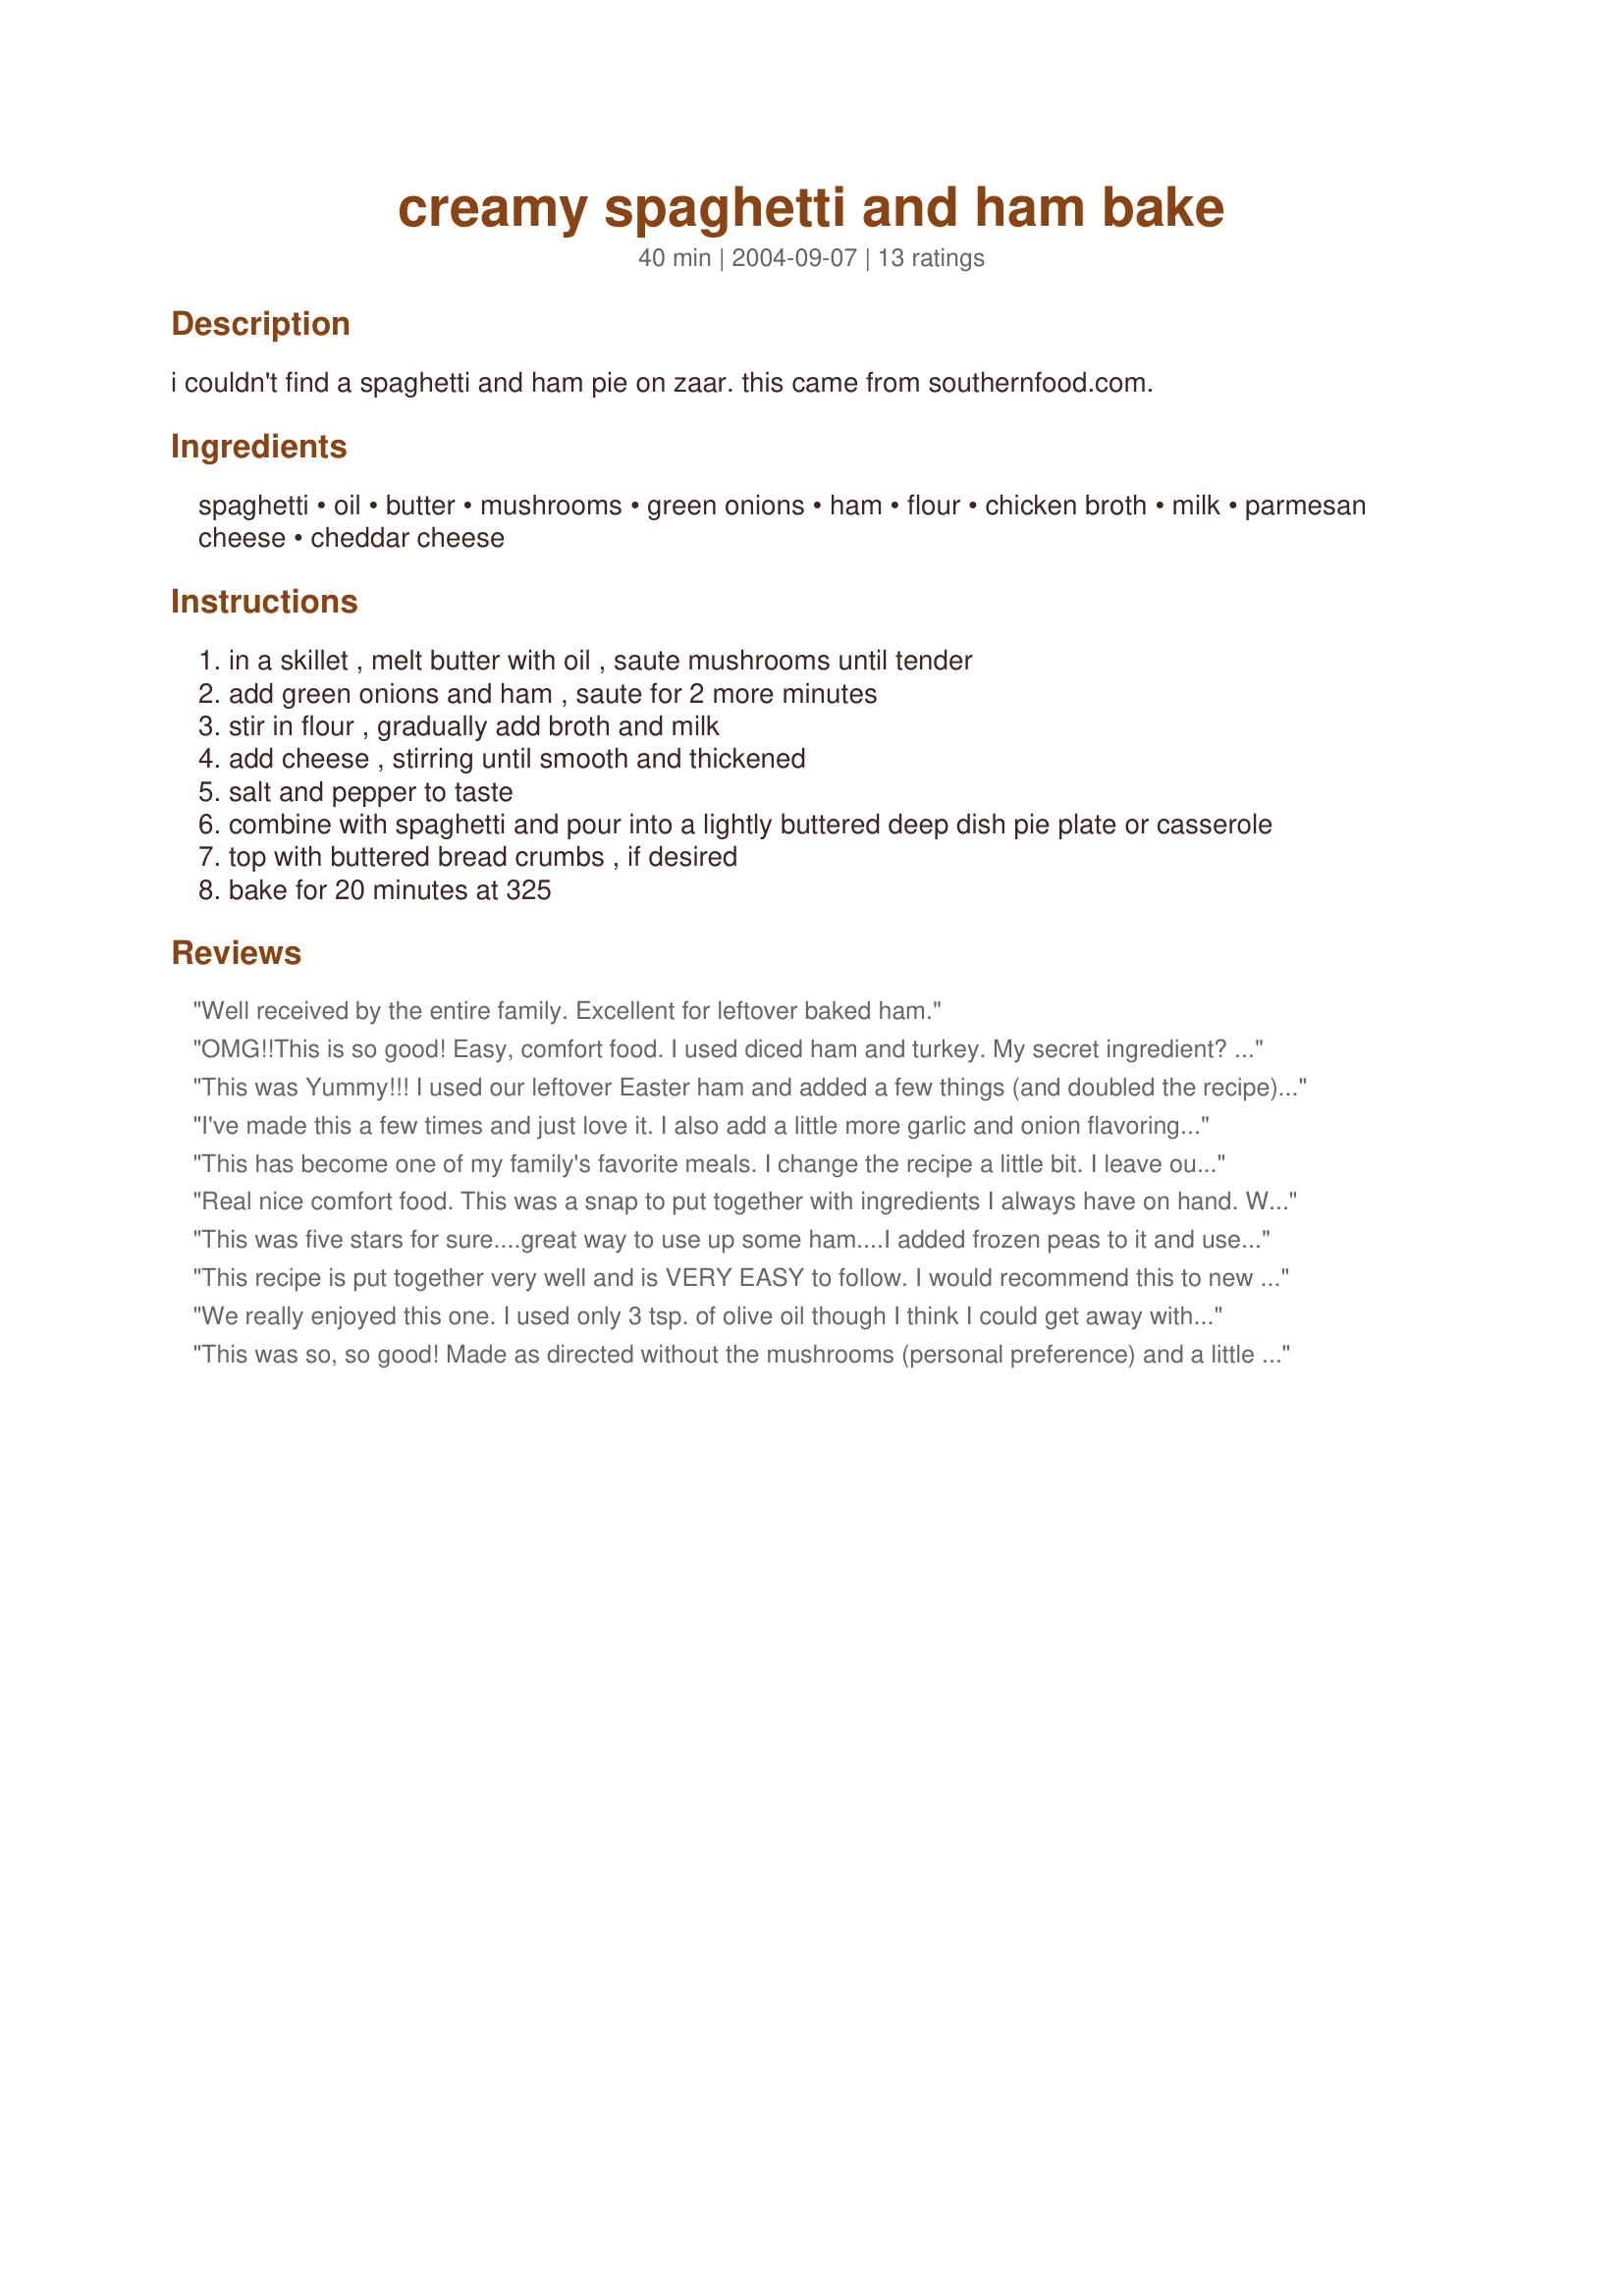
creamy spaghetti and ham bake
Preparation time: 40 minutes

i couldn't find a spaghetti and ham pie on zaar. this came from southernfood.com.

Ingredients:
spaghetti, oil, butter, mushrooms, green onions, ham, flour, chicken broth, milk, parmesan cheese, cheddar cheese

Steps:
in a skillet , melt butter with oil , saute mushrooms until tender
add green onions and ham , saute for 2 more minutes
stir in flour , gradually add broth and milk
add cheese , stirring until smooth and thickened
salt and pepper to taste
combine with spaghetti and pour into a lightly buttered deep dish pie plate or casserole
top with buttered bread crumbs , if desired
bake for 20 minutes at 325

Reviews:
Well received by the entire family. Excellent for leftover baked ham.
OMG!!This is so good! Easy, comfort food. I used diced ham and turkey. My secret ingredient? Cumin! It added a depth to the dish. Also, I used seasoned salt.
This was Yummy!!! I used our leftover Easter ham and added a few things (and doubled the recipe). I added a couple of cloves of minced garlic with the onion, 1/4 c sour cream and 1 can whole kernel corn to the cheese mixture. I also used chicken bouillion to make my broth instead of the canned stuff.
Thanks so much for sharing this recipe!
I've made this a few times and just love it. I also add a little more garlic and onion flavoring. I've also made it by adding cut-up chicken breast that I've browned in olive oil. Really good! I did this because I craved the dish and didn't have any ham. Thanks for the keeper.
This has become one of my family's favorite meals. I change the recipe a little bit. I leave out the green onions and mushrooms (I am the only one who likes mushrooms). Basically I saute the ham and then follow the rest of the recipe, except that I use pasta instead of spaghetti, and increase the amount of cheese (1 cup of cheddar and 2 cups of parmesan). The result is one of the best things I have ever tasted! Too good, really, because it's hard to stop eating it.
Real nice comfort food. This was a snap to put together with ingredients I always have on hand. We didn't add the mushrooms or green onions, I would have loved them but I have little kids who think they are the worst thing on the planet. I did top with chrushed potato chips as I was running low on bread.
This was five stars for sure....great way to use up some ham....I added frozen peas to it and used half and half instead of milk....wonderful fast easy casserole
This recipe is put together very well and is VERY EASY to follow. I would recommend this to new cooks. I also leave out the mushrooms since the hubby refuses to eat them. This is a regular on our dinner table. My two year old even gobbles this up. I love quick & easy week night recipes that are not made from a box. Thanks for the awesome keeper recipe!!
We really enjoyed this one. I used only 3 tsp. of olive oil though I think I could get away with less next time. I used turkey ham and skim milk, plus whole wheat pasta. This all upped the health value a bit. It was extremely easy to make and we thought it had wonderful flavor. I'll make again for sure. Thanks.
This was so, so good! Made as directed without the mushrooms (personal preference) and a little extra cheese. Creamy yumminess!
I had originally found this a bit bland for my taste. After making this and reading the reviews, I added some garlic powder and a bit more parmesan to the leftovers and the result was quite good. I think it would be even better if garlic and more cheese were added in the beginning. Thanks, Dorel.
Good use of leftover ham. Added garlic, cayene and zuchinni when I sauted the vegies. Doubled the sauce ingredients. This turned into a nice warm dinner. Thank you for posting Dorel.
We enjoyed this. I think I would throw in some peas next time. I skipped the oil, wasn't necessary. I used chicken bouillon for the broth. It was very tasty.
